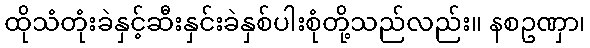
ထိုသံတုံးခဲနှင့်ဆီးနှင်းခဲနှစ်ပါးစုံတို့သည်လည်း။ နစဥဏှာ၊